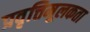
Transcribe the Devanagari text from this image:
प्रवृत्तिमूलकता